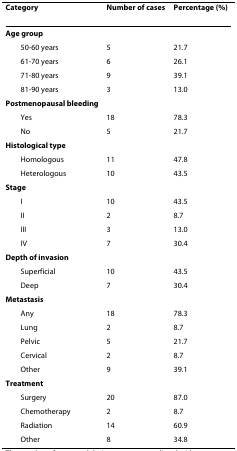
<table><thead><tr><td><b>Category</b></td><td><b>Number of cases</b></td><td><b>Percentage (%)</b></td></tr></thead><tbody><tr><td><b>Age group</b></td><td></td><td></td></tr><tr><td> 50-60 years</td><td>5</td><td>21.7</td></tr><tr><td> 61-70 years</td><td>6</td><td>26.1</td></tr><tr><td> 71-80 years</td><td>9</td><td>39.1</td></tr><tr><td> 81-90 years</td><td>3</td><td>13.0</td></tr><tr><td><b>Postmenopausal bleeding</b></td><td></td><td></td></tr><tr><td> Yes</td><td>18</td><td>78.3</td></tr><tr><td> No</td><td>5</td><td>21.7</td></tr><tr><td><b>Histological type</b></td><td></td><td></td></tr><tr><td> Homologous</td><td>11</td><td>47.8</td></tr><tr><td> Heterologous</td><td>10</td><td>43.5</td></tr><tr><td><b>Stage</b></td><td></td><td></td></tr><tr><td> I</td><td>10</td><td>43.5</td></tr><tr><td> II</td><td>2</td><td>8.7</td></tr><tr><td> III</td><td>3</td><td>13.0</td></tr><tr><td> IV</td><td>7</td><td>30.4</td></tr><tr><td><b>Depth of invasion</b></td><td></td><td></td></tr><tr><td> Superficial</td><td>10</td><td>43.5</td></tr><tr><td> Deep</td><td>7</td><td>30.4</td></tr><tr><td><b>Metastasis</b></td><td></td><td></td></tr><tr><td> Any</td><td>18</td><td>78.3</td></tr><tr><td> Lung</td><td>2</td><td>8.7</td></tr><tr><td> Pelvic</td><td>5</td><td>21.7</td></tr><tr><td> Cervical</td><td>2</td><td>8.7</td></tr><tr><td> Other</td><td>9</td><td>39.1</td></tr><tr><td><b>Treatment</b></td><td></td><td></td></tr><tr><td> Surgery</td><td>20</td><td>87.0</td></tr><tr><td> Chemotherapy</td><td>2</td><td>8.7</td></tr><tr><td> Radiation</td><td>14</td><td>60.9</td></tr><tr><td> Other</td><td>8</td><td>34.8</td></tr></tbody></table>